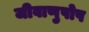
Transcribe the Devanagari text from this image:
जीवाणुपोष